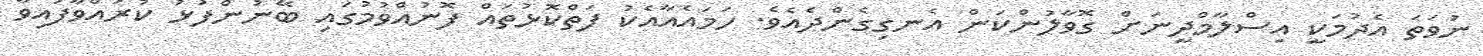
ނުވަތަ އެދުމަކީ އިސްލާމްދީނަށް ގޮވާލުންކަން އެނގިގެންދެއެވެ. ހަމައެއާއެކު ފަތްކޮޅުތައް ފޮނުއްވުމުގައި ބޭނުންފުޅު ކުރައްވާފައިވާ